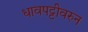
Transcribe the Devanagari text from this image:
धावपट्टीवरुन